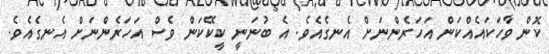
ކޮން ވާހަކައެއްކަން އަހަރެންނަށް އެނގެއެވެ. އެ ބުނަނީ ކީކޭކަން ވެސް އަހަރެންނަށް އެނގެއެވެ.